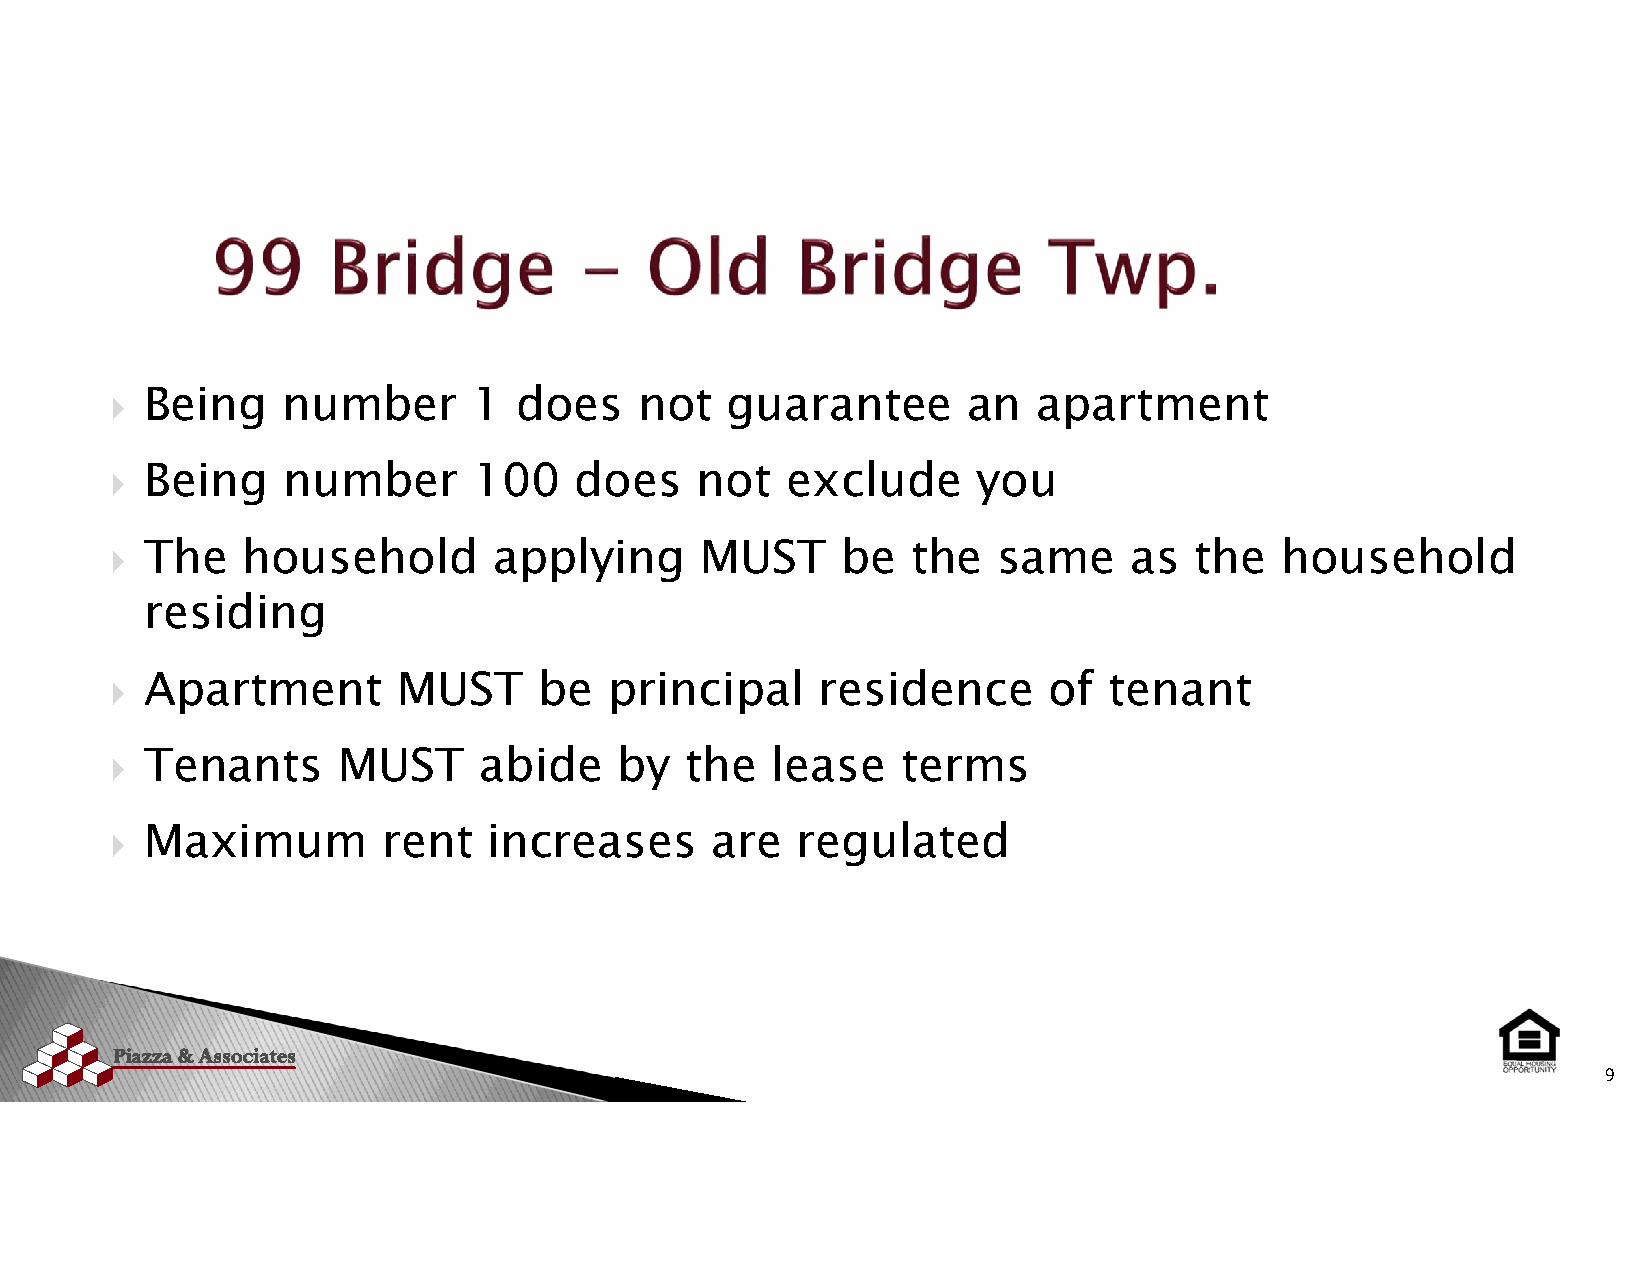
  Being    number      1  does    not   guarantee       an   apartment
   Being    number      100    does    not   exclude      you
   The   household        applying     MUST      be  the   same     as  the   household
 residing
   Apartment       MUST      be  principal     residence      of  tenant
   Tenants     MUST      abide    by  the   lease    terms
   Maximum        rent   increases      are   regulated
 9